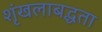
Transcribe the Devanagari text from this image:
शृंखलाबद्धता